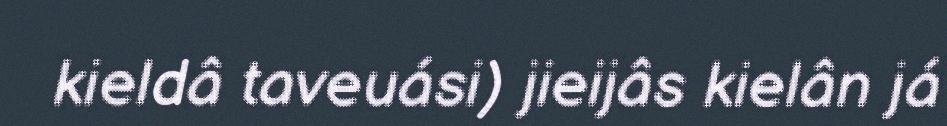
kieldâ taveuási) jieijâs kielân já